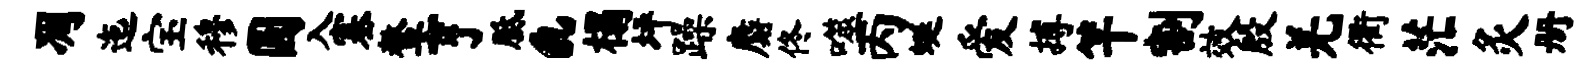
凋迤宝穆圆入塞鳌亨胝a榻坪躁麝佟噬丙蜒爱搏竿割效殷羌衢茫灸册